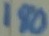
Text: 180